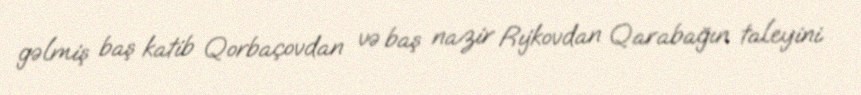
gəlmiş baş katib Qorbaçovdan və baş nazir Rıjkovdan Qarabağın taleyini